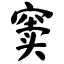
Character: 窦